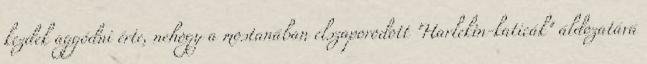
kezdek aggódni érte, nehogy a mostanában elszaporodott "Harlekin-katicák" áldozatává